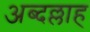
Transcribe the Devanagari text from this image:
अब्दल्लाह